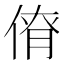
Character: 𠋚